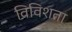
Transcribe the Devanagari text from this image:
विविशता